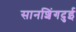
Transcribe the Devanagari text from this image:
सानशिंगदुई